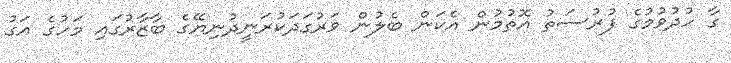
ގާ ހުދުވުމުގެ ފުރުސަތު އޮތުމުން އެކަން ބެލުން ވަރުގަދަކުރަނީދުނިޔޭގެ ބާޒާރުގައި މަހުގެ އަގު